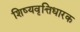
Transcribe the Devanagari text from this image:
शिष्यवृत्तिधारक